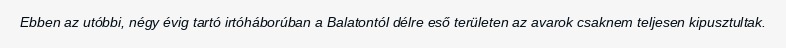
Ebben az utóbbi, négy évig tartó irtóháborúban a Balatontól délre eső területen az avarok csaknem teljesen kipusztultak.